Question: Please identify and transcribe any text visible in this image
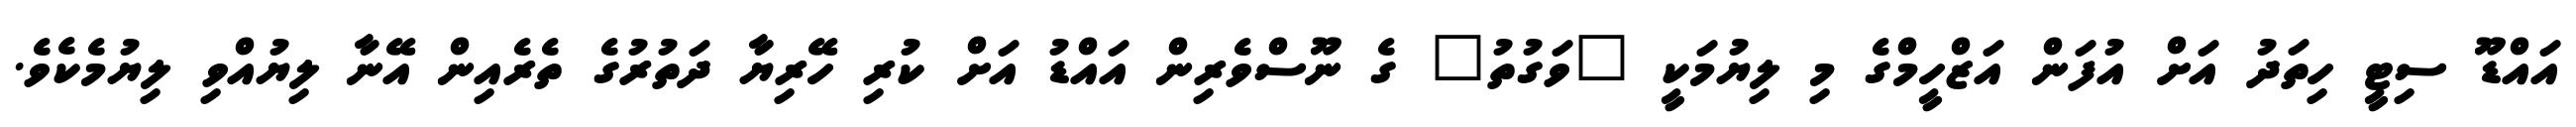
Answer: އައްޑޫ ސިޓީ ހިތަދު އަށް އުފަން އަޒްހީމްގެ މި ލިޔުމަކީ "ވަގުތު" ގެ ނޫސްވެރިން އައްޑު އަށް ކުރި ހޭރިޔާ ދަތުރުގެ ތެރެއިން އޭނާ ލިޔުއްވި ލިޔުމެކެވެ.